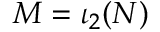
M = \iota _ { 2 } ( N )